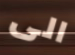
الى